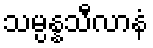
သမ္ပန္နသီလာနံ